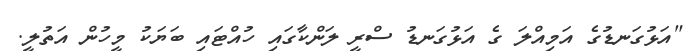
"އަޅުގަނޑުގެ އަމިއްލަ ގެ އަޅުގަނޑު ސްރީ ލަންކާގައި ހުއްޓައި ބަޔަކު މީހުން އަތުލީ.